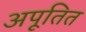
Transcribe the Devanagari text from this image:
अपूतित